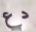
دع